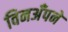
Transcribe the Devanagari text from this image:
विनअँपने